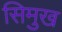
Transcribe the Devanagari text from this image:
सिमुख